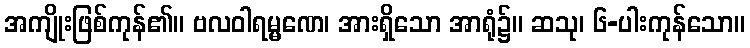
အကျိုးဖြစ်ကုန်၏။ ဗလဝါရမ္မဏေ၊ အားရှိသော အာရုံ၌။ ဆသု၊ ၆-ပါးကုန်သော။